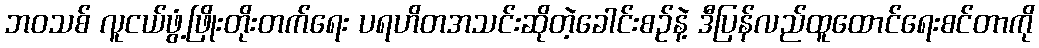
ဘဝသစ် လူငယ်ဖွံ့ဖြိုးတိုးတက်ရေး ပရဟိတအသင်းဆိုတဲ့ခေါင်းစဉ်နဲ့ ဒီပြန်လည်ထူထောင်ရေးစင်တာကို